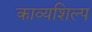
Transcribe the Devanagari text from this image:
काव्यशिल्प